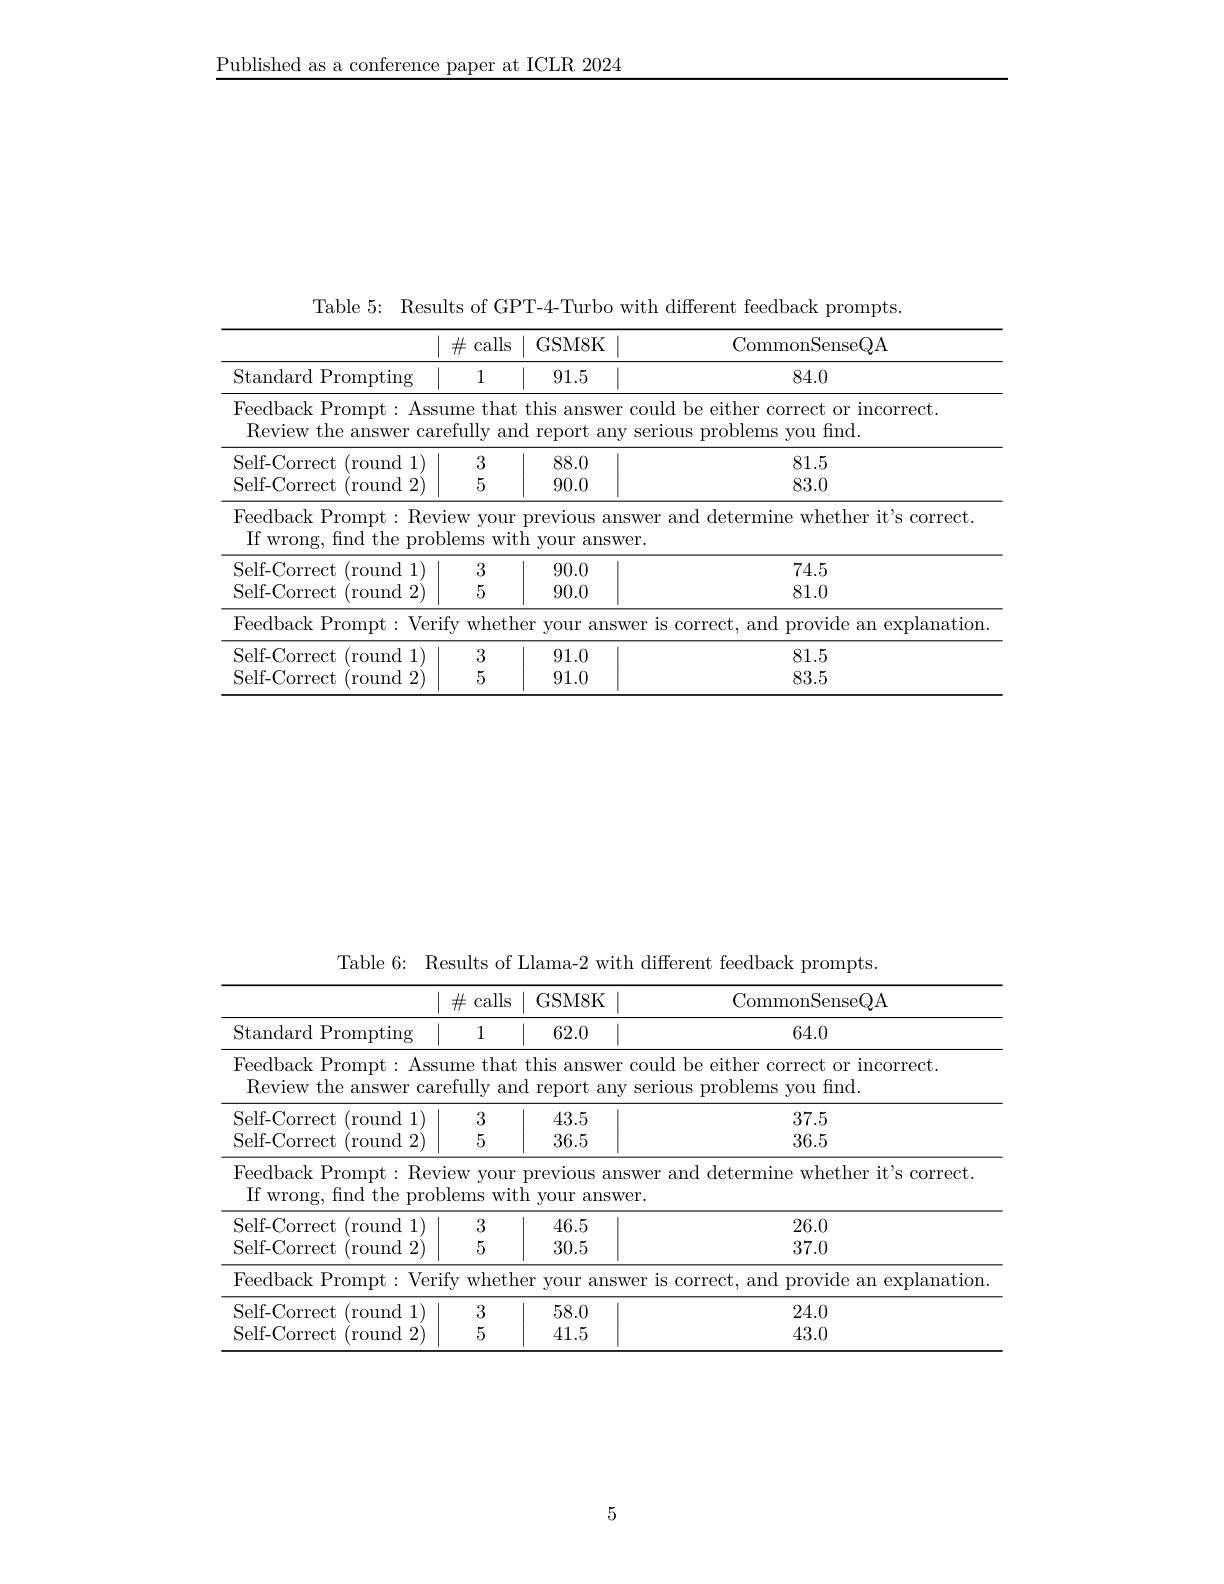
Published as a conference paper at ICLR 2024

Table 5: Results of GPT-4-Turbo with different feedback prompts.
<table>
	<tbody>
		<tr>
			<th> </th>
			<th>$\#$ calls</th>
			<th>CommonSenseQA</th>
		</tr>
		<tr>
			<td>Standard Prompting</td>
			<td>1</td>
			<td>84.0</td>
		</tr>
		<tr>
			<td>Feedback Prompt: Ass Review the answer can</td>
			<td>that lme efully $\operatorname{anc}$</td>
			<td>er could be either correct or incorrect. ny serious problems you find.</td>
		</tr>
		<tr>
			<td>Self-Correct (round1)</td>
			<td>3</td>
			<td>81.5</td>
		</tr>
		<tr>
			<td>Self-Correct $(\operatorname{round}$ 12</td>
			<td>5</td>
			<td>83.0</td>
		</tr>
		<tr>
			<td>Feedback Prompt: Rev If wrong, find the prol</td>
			<td>iew ${\mathrm{your}}$ $\nu lems$ witl</td>
			<td>answer and determine whether it's correct. $5Wer.$</td>
		</tr>
		<tr>
			<td>Self-Correct $({\mathrm{round}}$ 11)</td>
			<td>3</td>
			<td>74.5</td>
		</tr>
		<tr>
			<td>Self-Correct round 2</td>
			<td>5</td>
			<td>81.0</td>
		</tr>
		<tr>
			<td>Feedback Prompt: Ver</td>
			<td>$fy$ whethe </td>
			<td>${\mathrm{swer~is~correct,~and~provide~an~explanation}}$</td>
		</tr>
		<tr>
			<td>Self-Correct (round1)</td>
			<td>3</td>
			<td>81.5</td>
		</tr>
		<tr>
			<td>Self- Correct $\operatorname{(round}$ 2</td>
			<td>5</td>
			<td>83.5</td>
		</tr>
	</tbody>
</table>

Table 6: Results of Llama-2 with different feedback prompts.
<table>
	<tbody>
		<tr>
			<th> </th>
			<th>$\#$ calls</th>
			<th>CommonSenseQA</th>
		</tr>
		<tr>
			<td>Standard Prompting</td>
			<td>1</td>
			<td>64.0</td>
		</tr>
		<tr>
			<td>Feedback Prompt: Ass Review the answer can</td>
			<td>that lme efully anc</td>
			<td>er could be either correct or incorrect. ny serious problems you find.</td>
		</tr>
		<tr>
			<td>Self-Correct $({\mathrm{round}}$ 1 Self-Correct $\operatorname{(round}$ 2</td>
			<td>3 5</td>
			<td>37.5 36.5</td>
		</tr>
		<tr>
			<td>Feedback Prompt: Rev If wrong, find the prob</td>
			<td>iew ${\mathrm{your}}$ )lems $Wit.$</td>
			<td>answer and determine whether it's correct. $\operatorname{swer}.$</td>
		</tr>
		<tr>
			<td>Self-Correct (round1)</td>
			<td>3</td>
			<td>26.0</td>
		</tr>
		<tr>
			<td>Self- Correct $\operatorname{(round}$ 2.</td>
			<td>5</td>
			<td>37.0</td>
		</tr>
		<tr>
			<td>Feedback Prompt: Veri</td>
			<td>fy wheth</td>
			<td>${\mathrm{swer~is~correct,~and~provide~an~explanation}}$</td>
		</tr>
		<tr>
			<td>Self-Correct (round 1)</td>
			<td>3</td>
			<td>24.0</td>
		</tr>
		<tr>
			<td>Self-Correct round  $\mid2$</td>
			<td>5</td>
			<td>43.0</td>
		</tr>
	</tbody>
</table>

5